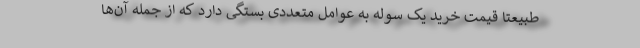
طبیعتاً قیمت خرید یک سوله به عوامل متعددی بستگی دارد که از جمله آن‌ها